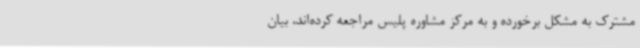
مشترک به مشکل برخورده و به مرکز مشاوره پلیس مراجعه کرده‌اند، بیان